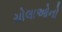
ચોલાઓનો